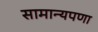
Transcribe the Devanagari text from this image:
सामान्यपणा